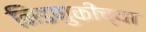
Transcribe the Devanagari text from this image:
निडणुकीच्या